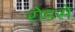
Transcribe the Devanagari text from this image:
रोडसे